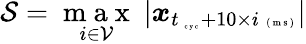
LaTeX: \mathcal S=\underset{i\in\mathcal V}{\mathrm{~m~a~x~}}~|\boldsymbol x_{t_{\mathrm{~\tiny~c~y~c~}}+10\times i\mathrm{~\tiny~(~m~s~)~}}|